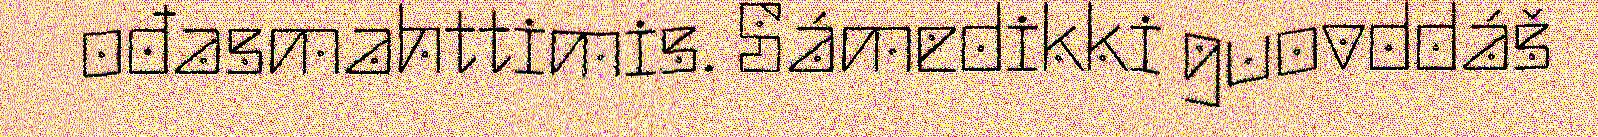
ođasmahttimis. Sámedikki guovddáš